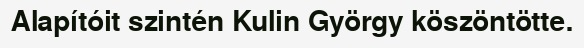
Alapítóit szintén Kulin György köszöntötte.